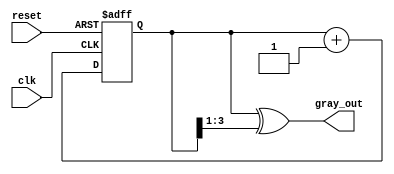
module gray_code_counter (
    input wire clk,         // Clock signal
    input wire reset,       // Asynchronous reset signal
    output reg [n-1:0] gray_out // Gray code output
);

// Parameter for the number of bits (n)
parameter n = 4; // Adjust based on your requirement (for example, 4 bits for counts 0 to 15)

reg [n-1:0] binary_count; // Binary counter

// Always block for counter logic
always @(posedge clk or posedge reset) begin
    if (reset) begin
        binary_count <= 0; // Reset binary counter to 0
    end else begin
        binary_count <= binary_count + 1; // Increment binary count
    end
end

// Combinational logic for binary to Gray code conversion
always @(*) begin
    gray_out = binary_count ^ (binary_count >> 1); // Convert binary to Gray code
end

endmodule